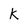
Character: K